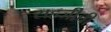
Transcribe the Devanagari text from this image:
सहजीची